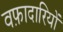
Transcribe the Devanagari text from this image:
वफ़ादारियों